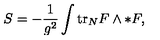
S = - \frac { 1 } { g ^ { 2 } } \int \mathrm { t r } _ { N } F \wedge * F ,